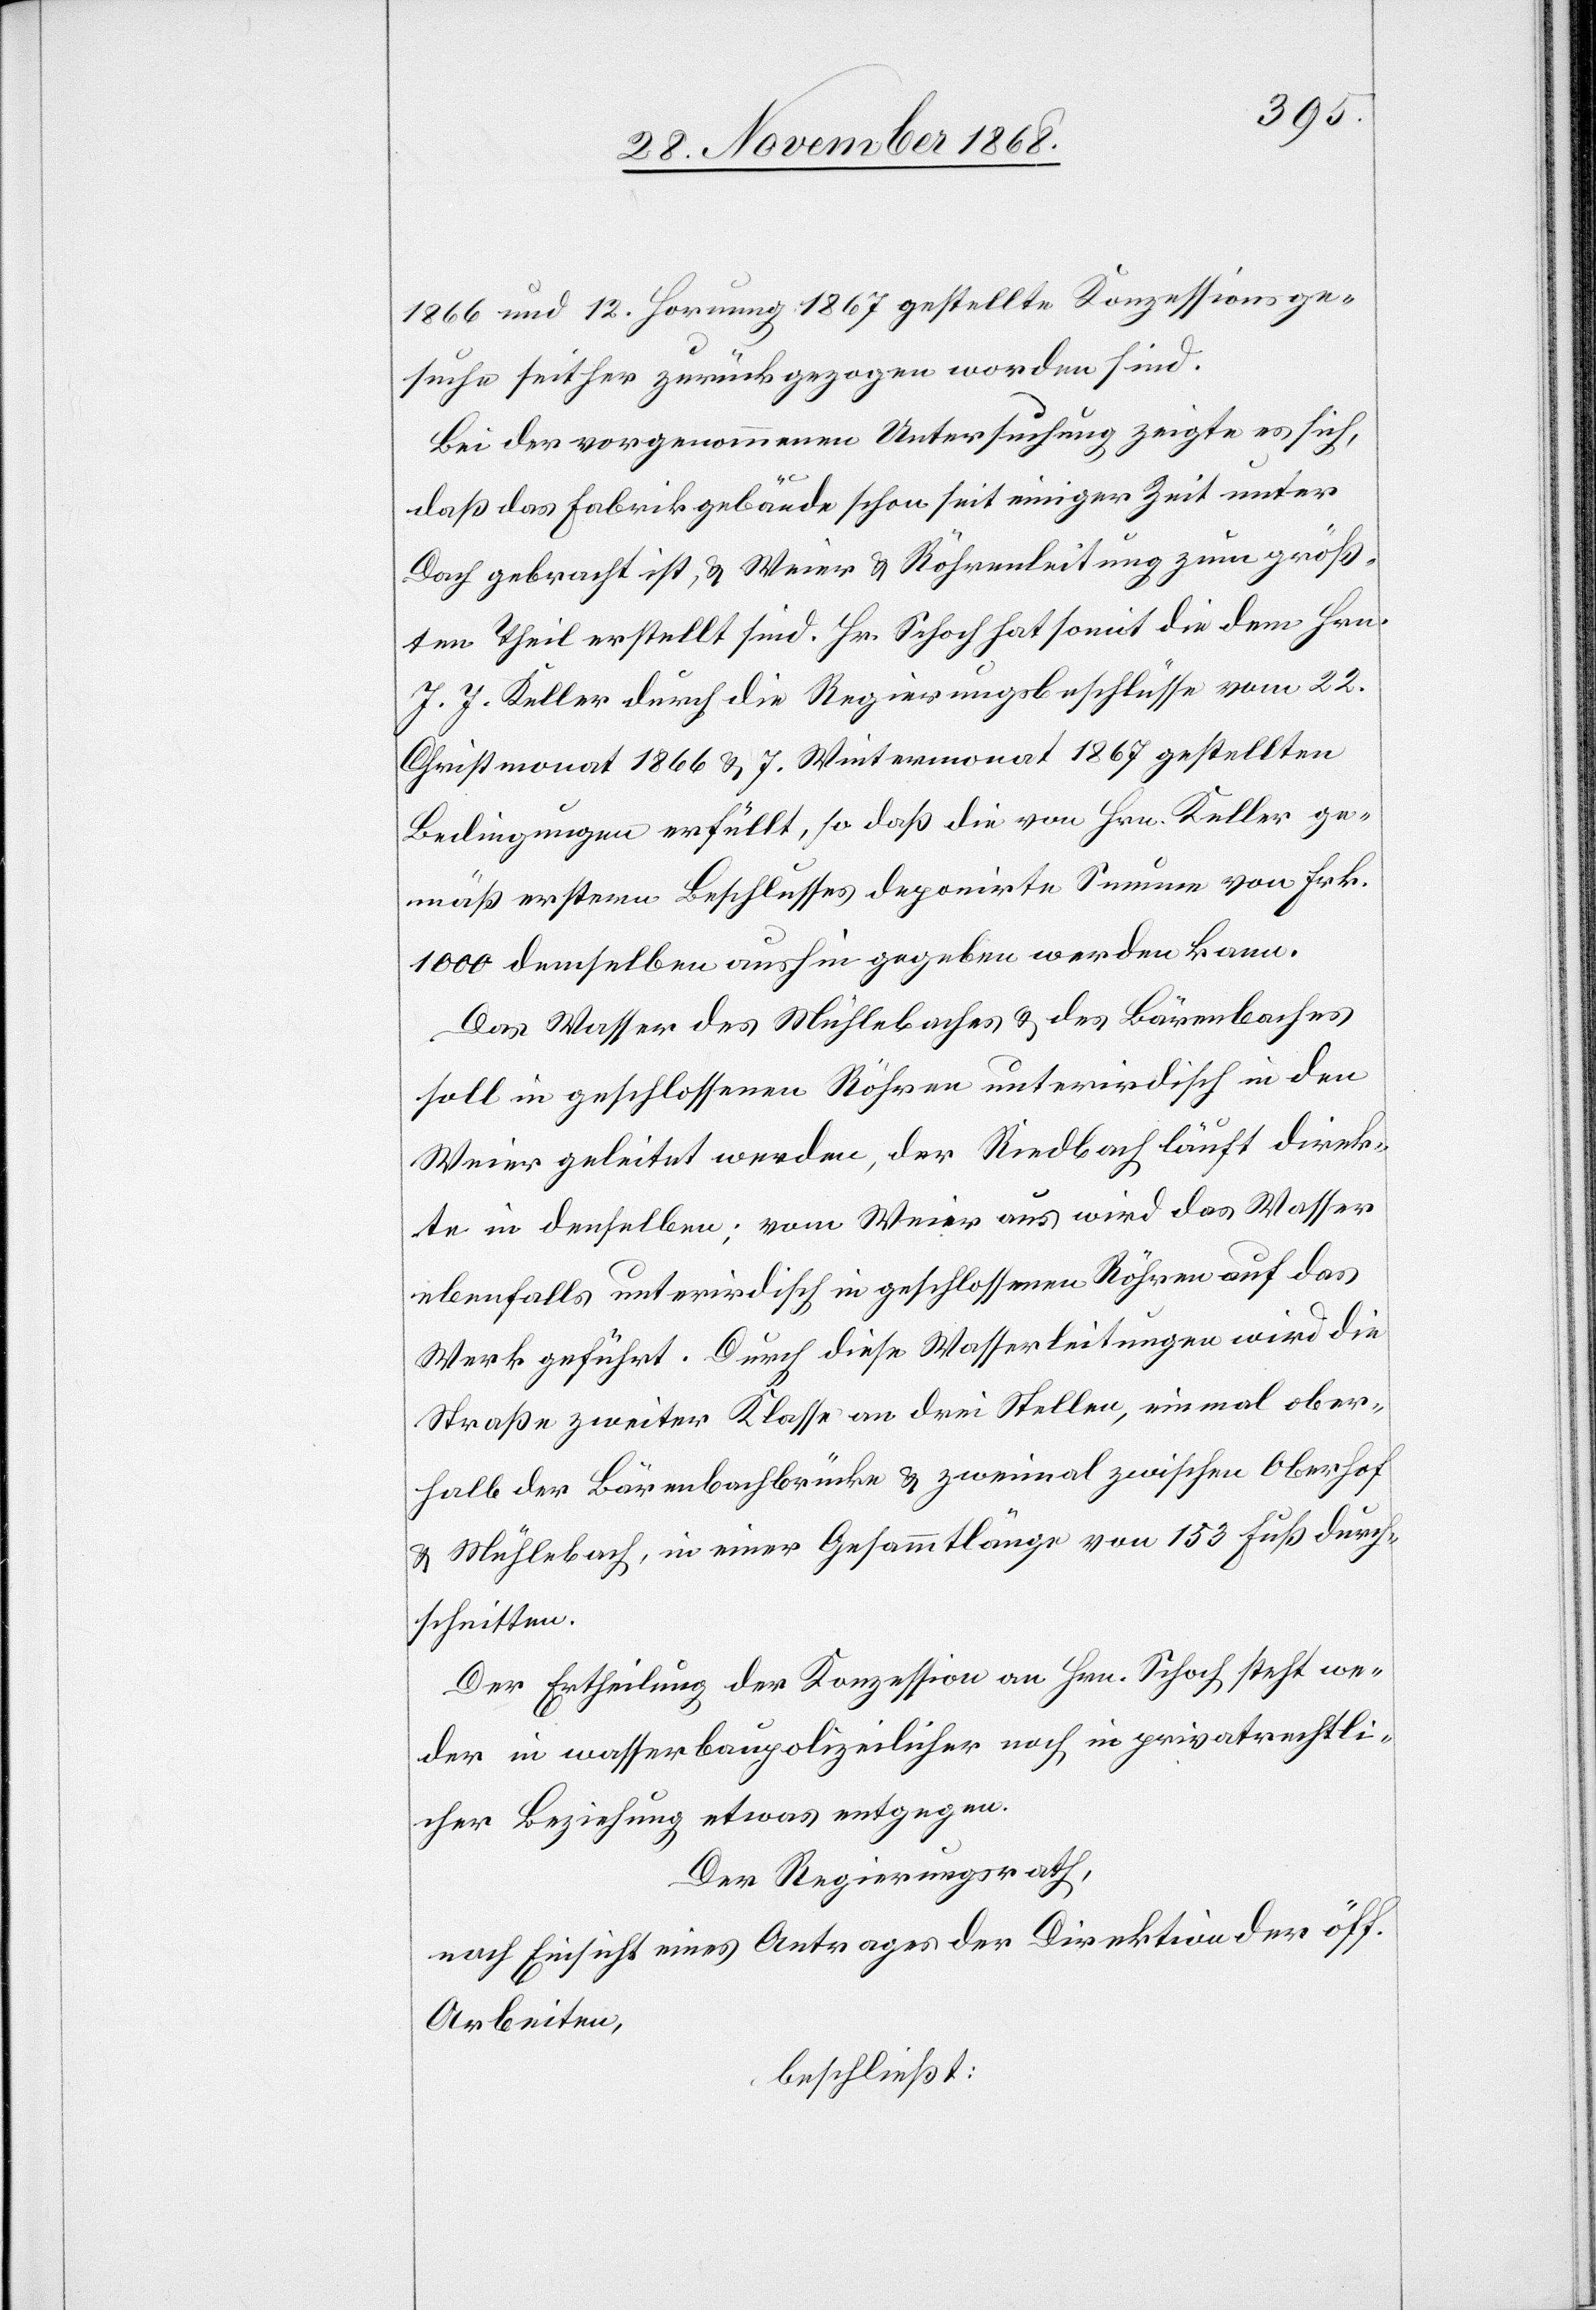
1866 und 12. Hornung 1867 gestellte Konzessionsge¬
suche seither zurückgezogen worden sind.
Bei der vorgenommenen Untersuchung zeigte es sich,
daß das Fabrikgebäude schon seit einiger Zeit unter
Dach gebracht ist, & Weier & Röhrenleitung zum größ¬
ten Theil erstellt sind. Hr. Schoch hat somit die dem Hrn.
J. J. Keller durch die Regierungsbeschlüsse vom 22.
Christmonat 1866 & 7. Wintermonat 1867 gestellten
Bedingungen erfüllt, so daß die von Hrn. Keller ge¬
mäß erstern Beschlusses deponirte Summe von Frk.
1000 demselben aushin gegeben werden kann.
Das Wasser des Mühlebaches & des Bärenbaches
soll in geschlossenen Röhren unterirdisch in den
Weier geleitet werden, der Riedbach läuft direk¬
te in denselben; vom Weier aus wird das Wasser
ebenfalls unterirdisch in geschlossenen Röhren auf das
Werk geführt. Durch diese Wasserleitungen wird die
Straße zweiter Klasse an drei Stellen, einmal ober¬
halb der Bärenbachbrücke & zweimal zwischen Oberhof
& Mühlebach, in einer Gesammtlänge von 153 Fuß durch¬
schnitten.
Der Ertheilung der Konzession an Hrn. Schoch steht we¬
der in wasserbaupolizeilicher noch in privatrechtli¬
cher Beziehung etwas entgegen.
Der Regierungsrath,
nach Einsicht eines Antrages der Direktion der öff.
Arbeiten,
beschließt: